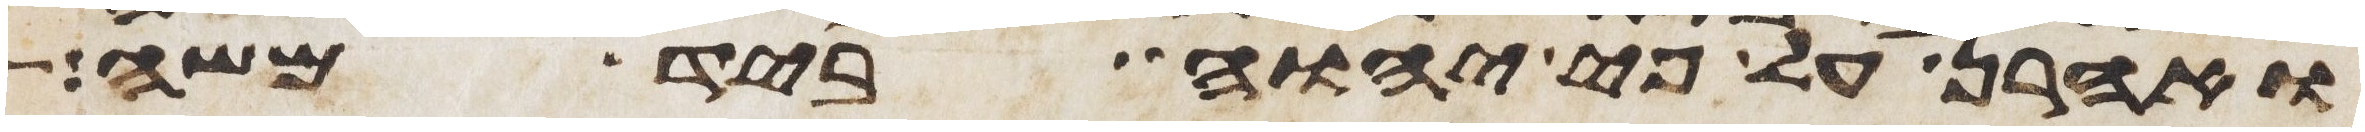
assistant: ואהרן על פי יהוה ביד משה